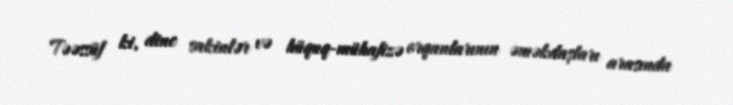
Təəssüf ki, dinc sakinlər və hüquq-mühafizə orqanlarının əməkdaşları arasında